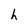
Character: h